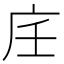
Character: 𢇦